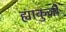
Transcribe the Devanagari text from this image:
ह्याकुजो